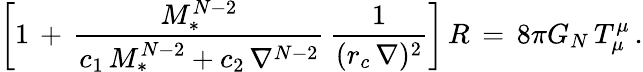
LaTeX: \left[1\, +\, {\frac{M_{*}^{N-2}}{c_{1}\, M_{*}^{N-2}+c_{2}\, \nabla^{N-2}}}\, {\frac{1}{(r_{c}\, \nabla)^{2}}}\right]\, R\, =\, 8\pi G_{N}\, T_{\mu}^{\mu}\, .